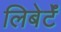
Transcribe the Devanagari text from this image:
लिबेर्टॅ